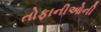
તોફાનીઓની